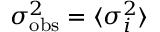
\sigma _ { \mathrm { o b s } } ^ { 2 } = \langle \sigma _ { i } ^ { 2 } \rangle